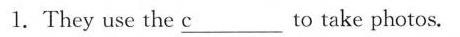
1.They use the \underline{c} to take photos.